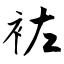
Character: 袏